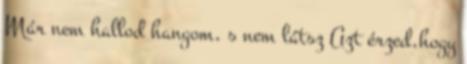
Már nem hallod hangom, s nem látsz Azt érzed,hogy